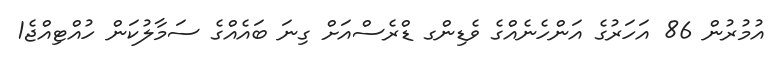
އުމުރުން 86 އަހަރުގެ އަންހެނެއްގެ ވެޑިންގ ޑްރެސްއަށް ގިނަ ބައެއްގެ ސަމާލުކަން ހުއްޓިއްޖެ1